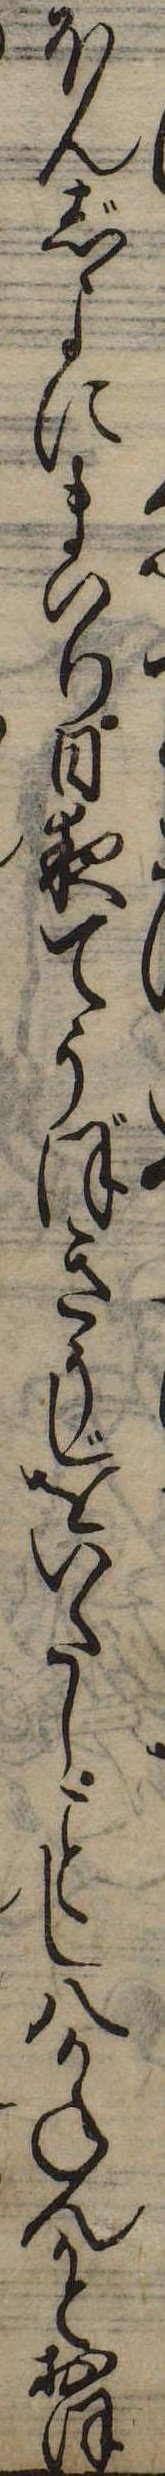
ほんじよにまいり日夜てうぼきうじをいたしし八かねんかとおほ